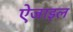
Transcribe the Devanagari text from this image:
ऐजाइल